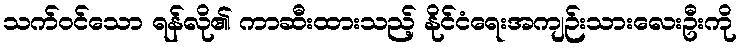
သက်ဝင်သော ရန်လို၏ ကာဆီးထားသည့် နိုင်ငံရေးအကျဉ်းသားလေးဦးကို